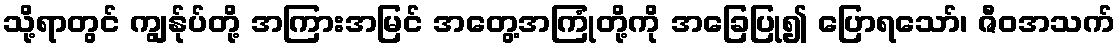
သို့ရာတွင် ကျွန်ုပ်တို့ အကြားအမြင် အတွေ့အကြုံတို့ကို အခြေပြု၍ ပြောရသော်၊ ဇီဝအသက်